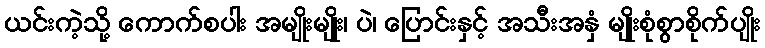
ယင်းကဲ့သို့ ကောက်စပါး အမျိုးမျိုး၊ ပဲ၊ ပြောင်းနှင့် အသီးအနှံ မျိုးစုံစွာစိုက်ပျိုး